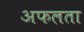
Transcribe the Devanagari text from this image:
अफलता